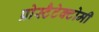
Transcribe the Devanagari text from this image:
प्रोस्टैटेक्टोमी